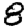
Digit: 8